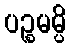
ပဉ္စမမ္ပိ